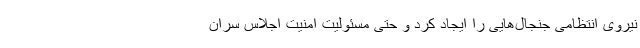
نیروی انتظامی جنجال‌هایی را ایجاد کرد و حتی مسئولیت امنیت اجلاس سران